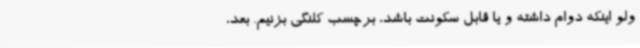
ولو اینکه دوام داشته و یا قابل سکونت باشد، برچسب کلنگی بزنیم. بعد،